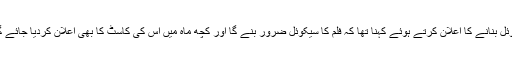
کرن جوہر نے 2012 کی فلم ”اسٹوڈنٹ آف دی ایئر“ کے سیکوئل بنانے کا اعلان کرتے ہوئے کہنا تھا کہ فلم کا سیکوئل ضرور بنے گا اور کچھ ماہ میں اس کی کاسٹ کا بھی اعلان کردیا جائے گا تاہم سدھارتھ، عالیہ اور ورون اس فلم کا حصہ نہیں ہوں گے۔